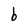
Character: b